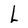
Character: L